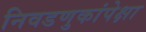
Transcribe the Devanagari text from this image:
निवडणुकांपेक्षा